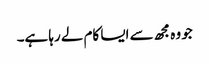
جو وہ مجھ سے ایسا کام لے رہا ہے۔